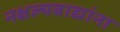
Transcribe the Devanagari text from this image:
नक्षल्यवाद्यांना